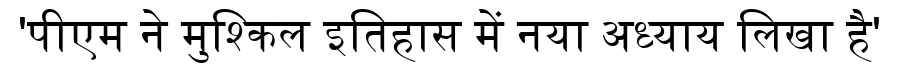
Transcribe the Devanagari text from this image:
'पीएम ने मुश्किल इतिहास में नया अध्याय लिखा है'